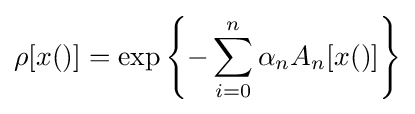
\rho [x()]=\exp \left\{-\sum _{i=0}^{n}\alpha _{n}A_{n}[x()]\right\}